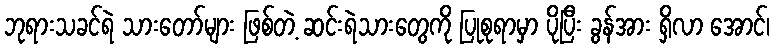
ဘုရားသခင်ရဲ သားတော်များ ဖြစ်တဲ့ ဆင်းရဲသားတွေကို ပြုစုရာမှာ ပိုပြီး ခွန်အား ရှိလာ အောင်၊